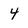
Character: 4